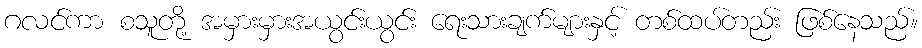
ဂလင်ကာ စသူတို့ အမှားမှားအယွင်းယွင်း ရေးသားချက်များနှင့် တစ်ထပ်တည်း ဖြစ်နေသည်။